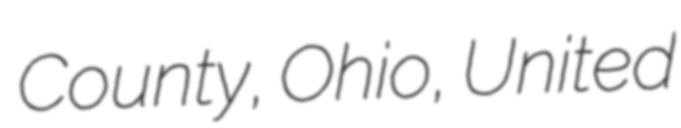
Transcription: County, Ohio, United